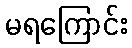
မရကြောင်း